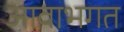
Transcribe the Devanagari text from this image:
आवाभगत